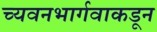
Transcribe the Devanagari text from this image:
च्यवनभार्गवाकडून